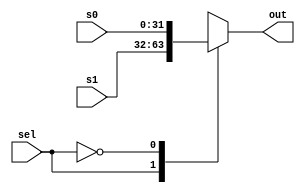
module Mux2to1 #(
    parameter size = 32
) 
(
    input sel,
    input signed [size-1:0] s0,
    input signed [size-1:0] s1,
    output reg signed [size-1:0] out
);
    // TODO: implement your 2to1 multiplexer here

    always @(*)
		case (sel)
			1'b1: out = s1;
			1'b0: out = s0;
			default: out = { 32{1'bx} };
		endcase

endmodule